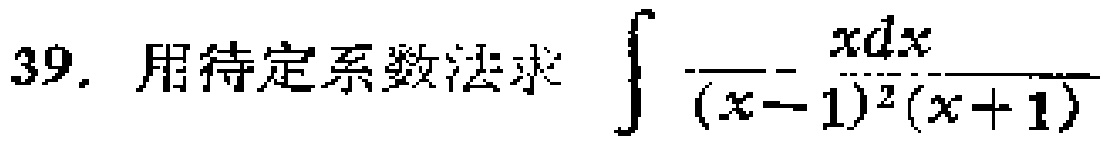
39. 用待定系数法求 $\int \frac{x dx}{(x - 1)^2(x + 1)}$